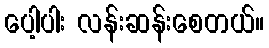
ပေါ့ပါး လန်းဆန်းစေတယ်။